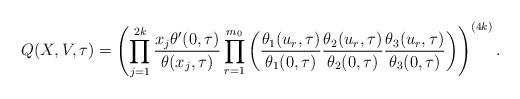
LaTeX: \begin{align*}Q(X,V,\tau)=\left(\prod_{j=1}^{2k}\frac{x_j\theta'(0,\tau)}{\theta(x_j,\tau)}\prod_{r=1}^{m_0}\left(\frac{\theta_1(u_r,\tau)}{\theta_1(0,\tau)}\frac{\theta_2(u_r,\tau)}{\theta_2(0,\tau)}\frac{\theta_3(u_r,\tau)}{\theta_3(0,\tau)}\right)\right)^{(4k)}.\end{align*}